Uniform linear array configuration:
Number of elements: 24
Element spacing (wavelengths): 0.75
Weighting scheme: uniform
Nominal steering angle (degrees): -45
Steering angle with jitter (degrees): -46.555
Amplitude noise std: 0.05
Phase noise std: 0.05

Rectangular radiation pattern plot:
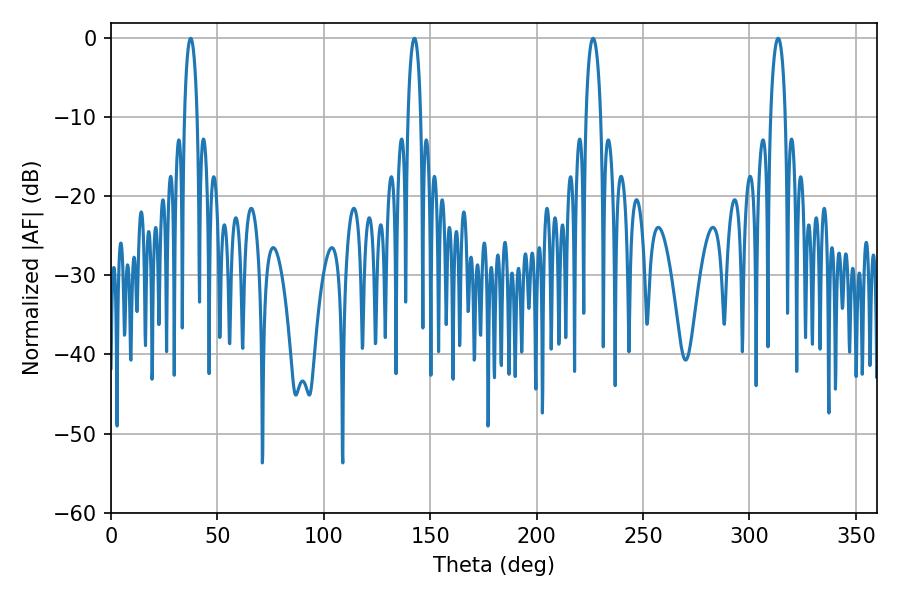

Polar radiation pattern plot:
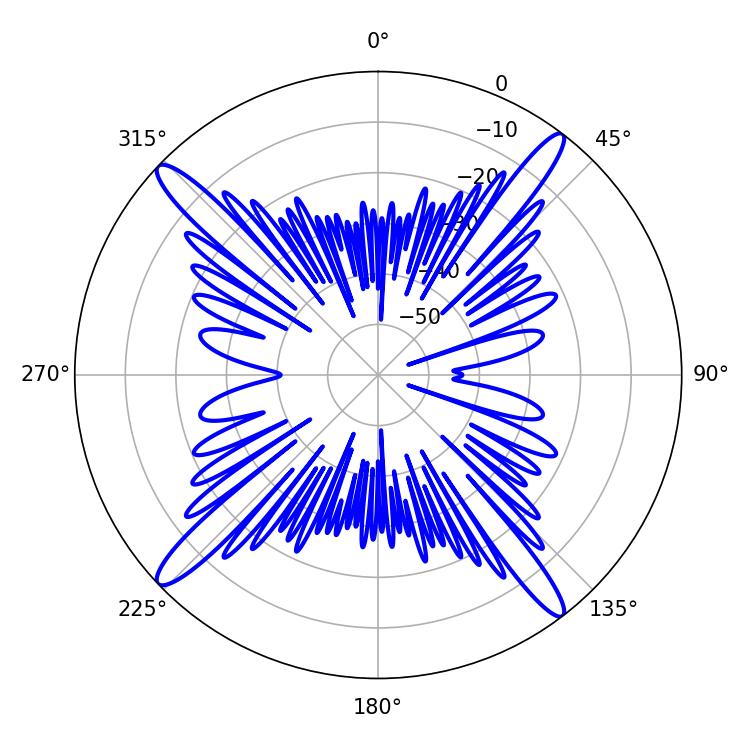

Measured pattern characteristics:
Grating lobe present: TRUE
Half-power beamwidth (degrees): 3.24
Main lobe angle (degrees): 37.44